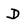
Character: D